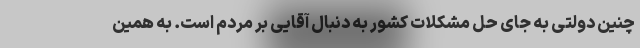
چنین دولتی به جای حل مشکلات کشور به دنبال آقایی بر مردم است. به همین